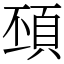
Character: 䪹